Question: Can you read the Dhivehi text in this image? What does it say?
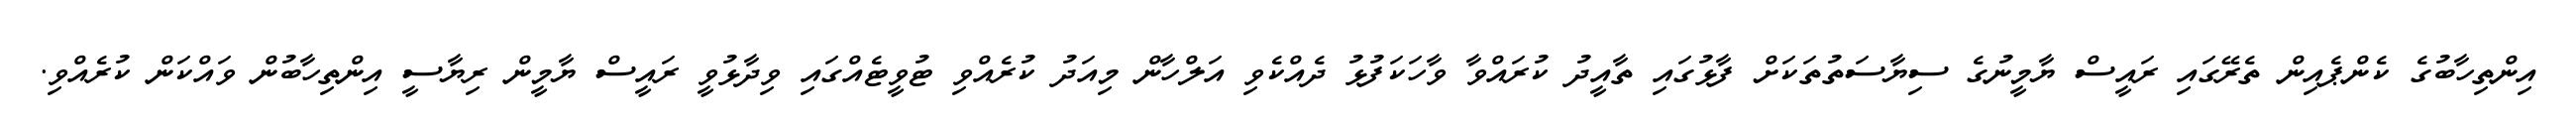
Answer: އިންތިހާބުގެ ކެންޕެއިން ތެރޭގައި ރައީސް ޔާމީނުގެ ސިޔާސަތުތަކަށް ފާޅުގައި ތާއީދު ކުރައްވާ ވާހަކަފުޅު ދެއްކެވި އަލްހާން މިއަދު ކުރެއްވި ޓުވީޓެއްގައި ވިދާޅުވީ ރައީސް ޔާމީން ރިޔާސީ އިންތިހާބުން ވައްކަން ކުރެއްވި.